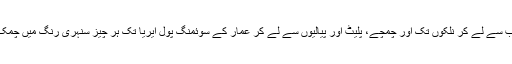
کموڈ اور باتھ ٹب سے لے کر نلکوں تک اور چمچے، پلیٹ اور پیالیوں سے لے کر عمار کے سوئمنگ پول ایریا تک ہر چیز سنہری رنگ میں چمک رہی ہوتی ہے۔